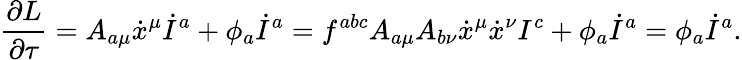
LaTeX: \frac{\partial L}{\partial\tau}=A_{a\mu}\dot{x}^{\mu}\dot{I}^{a}+\phi_{a}\dot{I}^{a}=f^{abc}A_{a\mu}A_{b\nu}\dot{x}^{\mu}\dot{x}^{\nu}I^{c}+\phi_{a}\dot{I}^{a}=\phi_{a}\dot{I}^{a}.